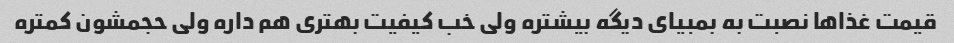
قیمت غذاها نصبت به بمبیای دیگه بیشتره ولی خب کیفیت بهتری هم داره ولی حجمشون کمتره